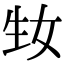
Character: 𤯕